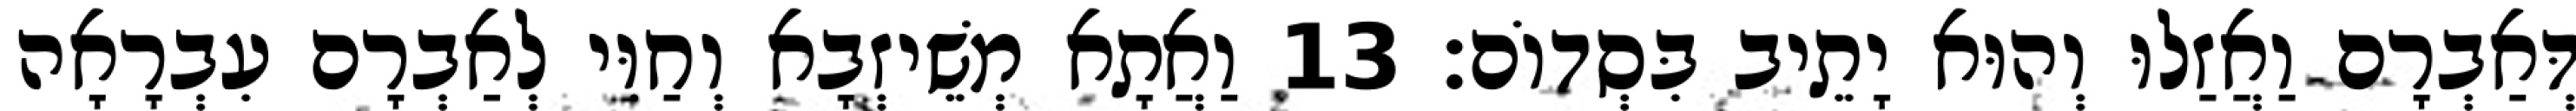
דְּאַבְרָם וַאֲזַלוּ וְהוּא יָתֵיב בִּסְדוֹם׃ 13 וַאֲתָא מְשֵׁיזְבָא וְחַוִּי לְאַבְרָם עִבְרָאָה